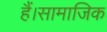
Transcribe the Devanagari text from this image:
हैं।सामाजिक